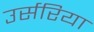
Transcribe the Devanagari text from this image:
उर्सरिया